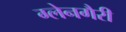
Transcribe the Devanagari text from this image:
ग्लेनगैरी